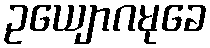
ဥယျောဂမုခေ